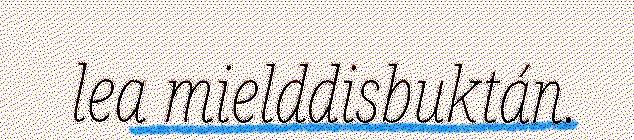
lea mielddisbuktán.